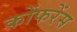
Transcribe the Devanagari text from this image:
कोंफरेंस